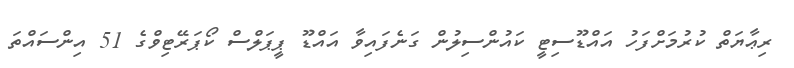
ރިޢާޔަތް ކުރުމަށްފަހު އައްޑޫސިޓީ ކައުންސިލުން ގަނެފައިވާ އައްޑޫ ޕީޕަލްސް ކޯޕަރޭޓިވްގެ 51 އިންސައްތަ